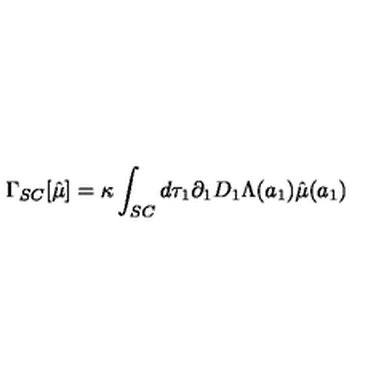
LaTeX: \Gamma _ { S C } [ \hat { \mu } ] = \kappa \int _ { S C } d \tau _ { 1 } \partial _ { 1 } D _ { 1 } \Lambda ( a _ { 1 } ) \hat { \mu } ( a _ { 1 } )